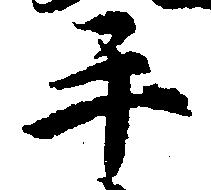
手